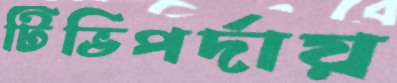
টিভিপর্দায়